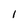
Character: 1